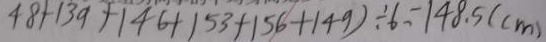
4 8 + 1 3 9 + 1 4 6 + 1 5 3 + 1 5 6 + 1 4 9 ) \div 6 = 1 4 8 . 5 ( c m )